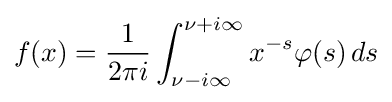
f(x)={\frac {1}{2\pi i}}\int _{\nu -i\infty }^{\nu +i\infty }x^{-s}\varphi (s)\,ds